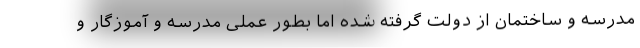
مدرسه و ساختمان از دولت گرفته شده اما بطور عملی مدرسه و آموزگار و